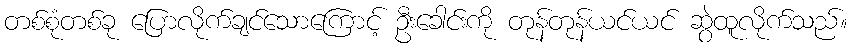
တစ်စုံတစ်ခု ပြောလိုက်ချင်သောကြောင့် ဦးခေါင်းကို တုန်တုန်ယင်ယင် ဆွဲထူလိုက်သည်။